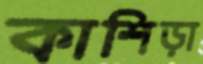
কাশিড়া